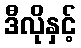
ဒီလိုနှင့်